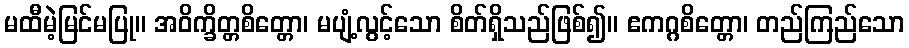
မထီမဲ့မြင်မပြု။ အဝိက္ခိတ္တစိတ္တော၊ မပျံ့လွင့်သော စိတ်ရှိသည်ဖြစ်၍။ ဧကဂ္ဂစိတ္တော၊ တည်ကြည်သော